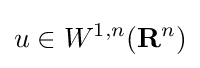
u\in W^{1,n}(\mathbf {R} ^{n})